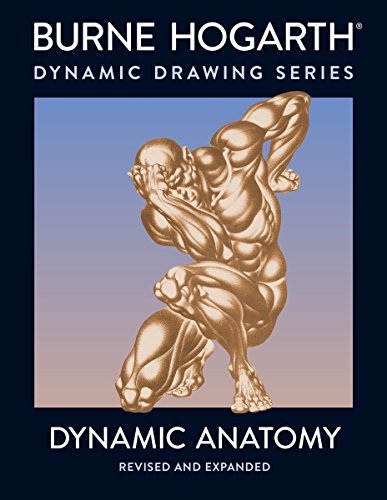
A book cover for Dynamic Anatomy: Revised and Expanded Edition; Burne Hogarth; Arts & Photography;